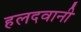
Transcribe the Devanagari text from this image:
हलदवानी